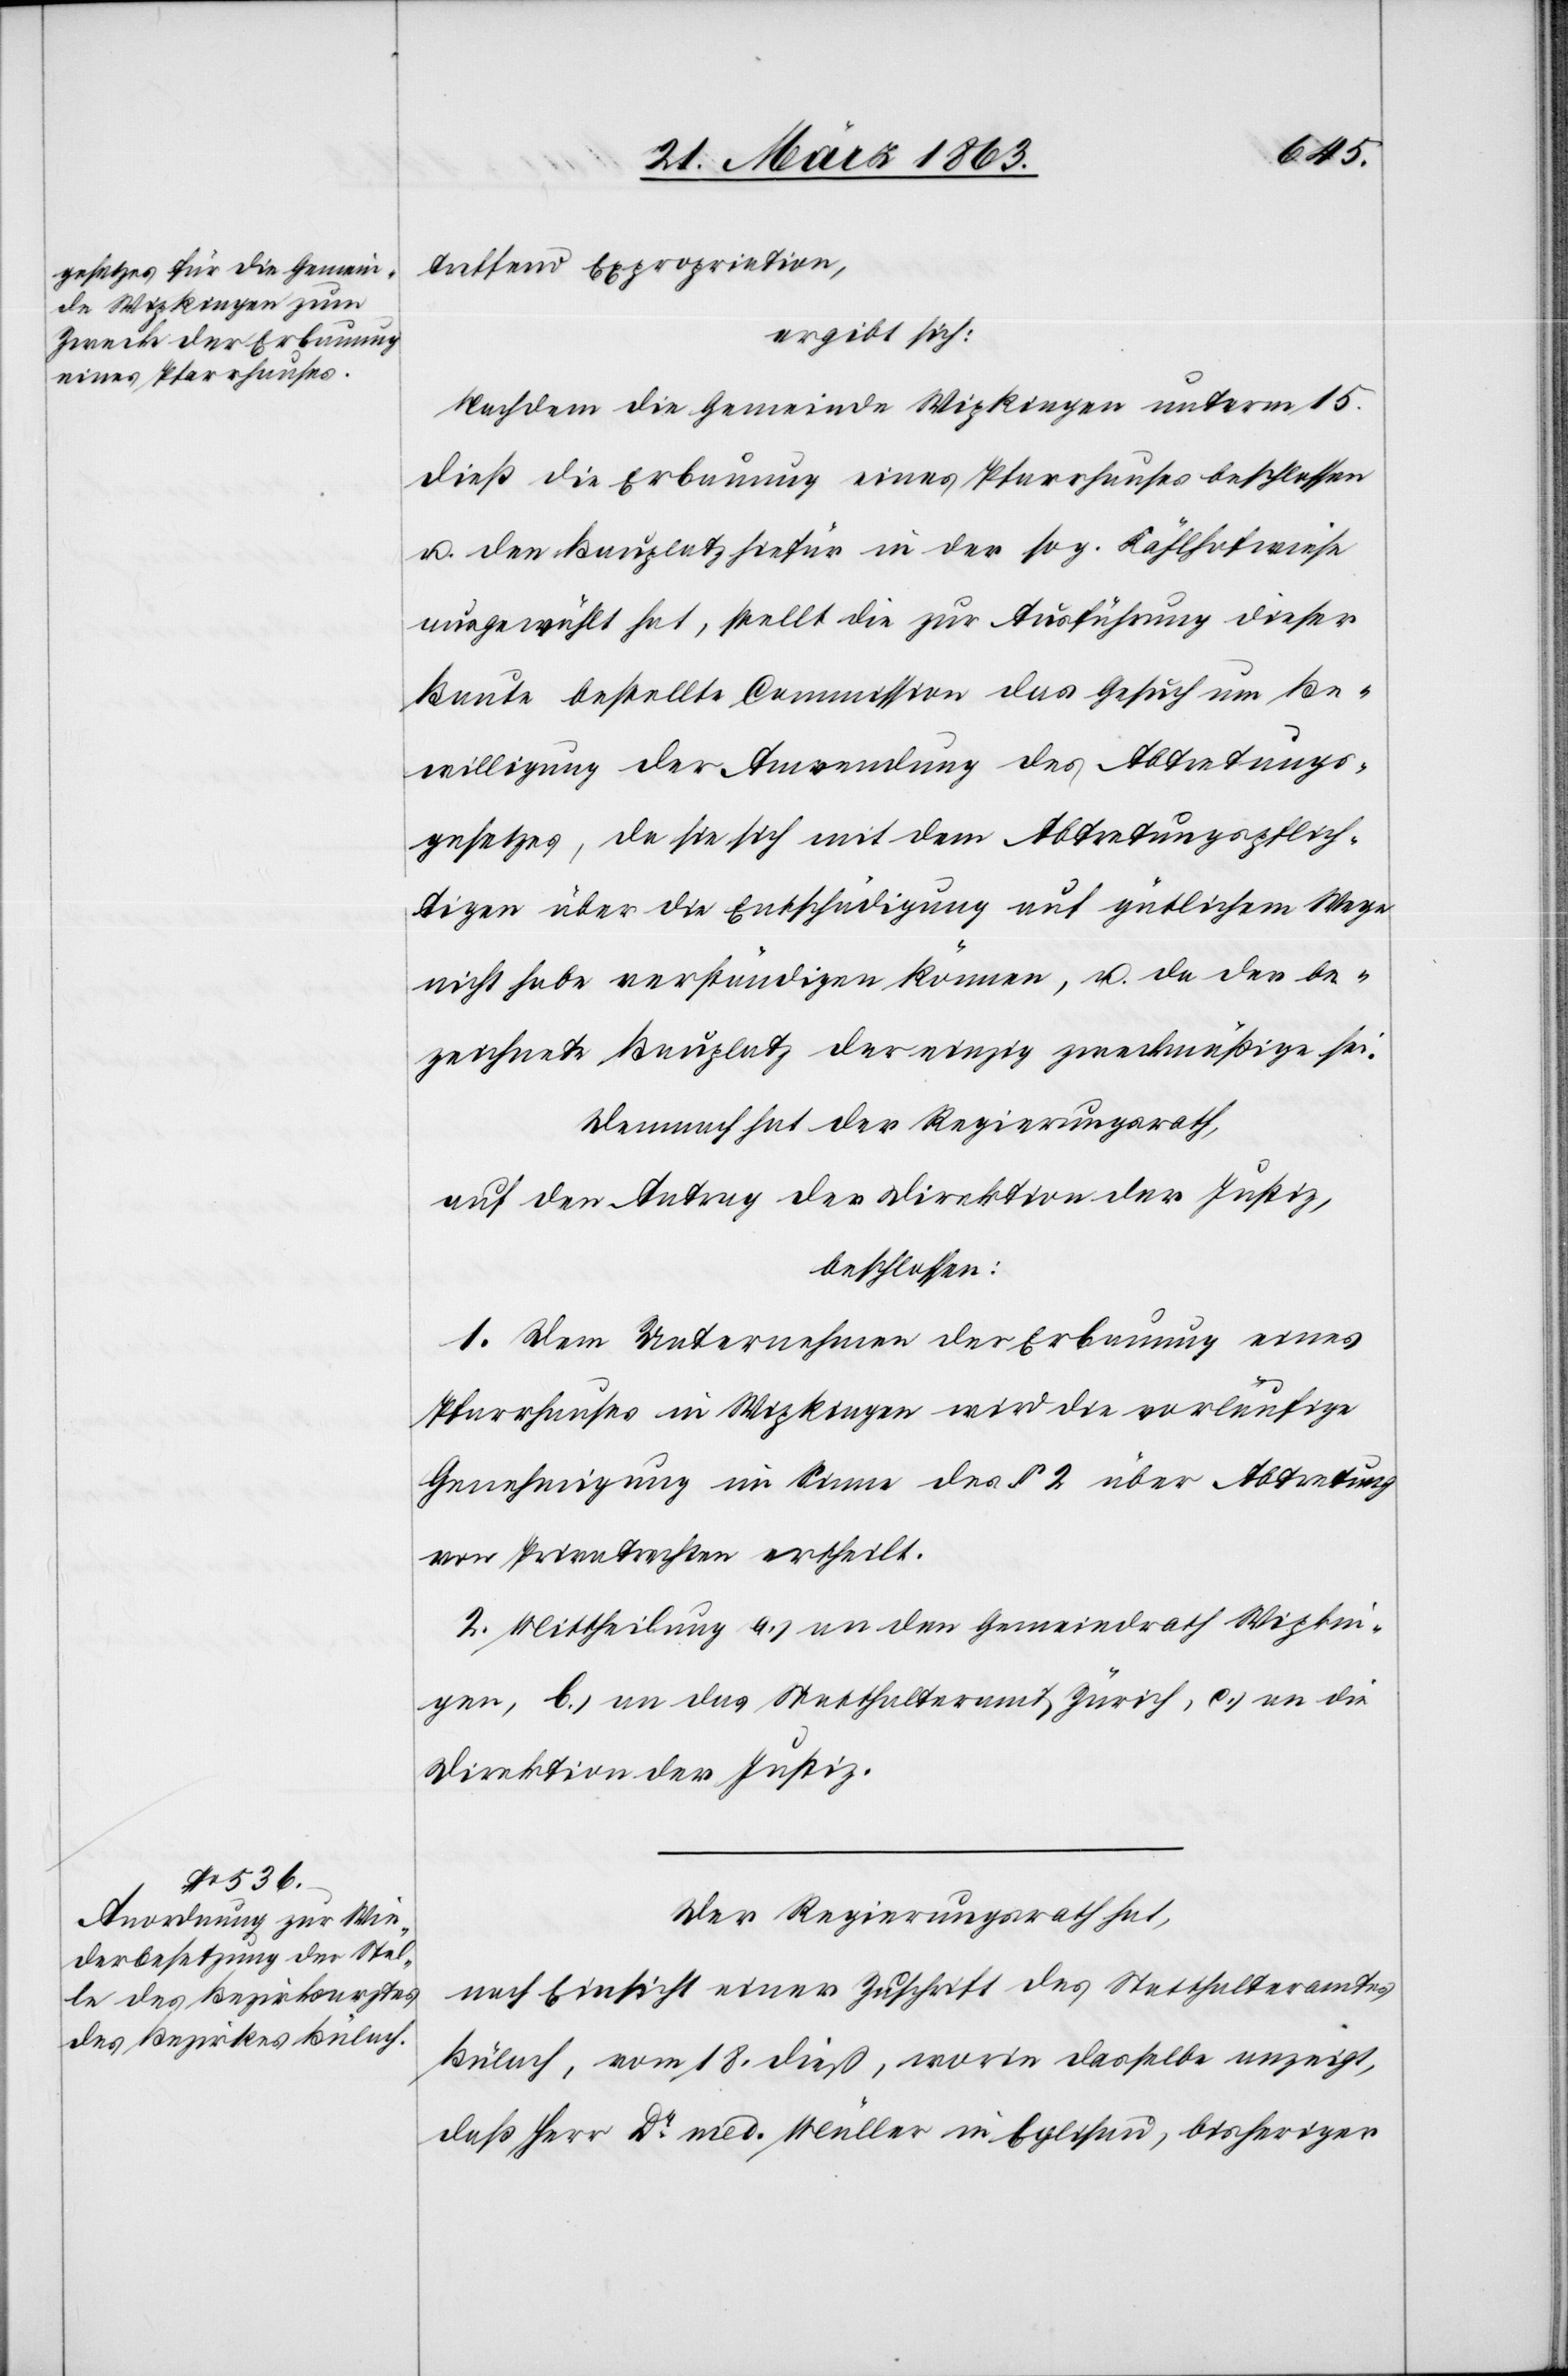
treffend Expropriation,
ergibt sich:
Nachdem die Gemeinde Wipkingen unterm 15.
dieß die Erbauung eines Pfarrhauses beschlossen
u. den Bauplatz hiefür in der sog. Kählhofwiese
ausgewählt hat, stellt die zur Ausführung dieser
Baute bestellte Commission das Gesuch um Be¬
willigung der Anwendung des Abtretungs¬
gesetzes, da sie sich mit dem Abtretungspflich¬
tigen über die Entschädigung auf gütlichem Wege
nicht habe verständigen können, u. da der be¬
zeichnete Bauplatz der einzig zweckmäßige sei.
Demnach hat der Regierungsrath,
auf den Antrag der Direktion der Justiz,
beschlossen:
1. Dem Unternehmen der Erbauung eines
Pfarrhauses in Wipkingen wird die vorläufige
Genehmigung im Sinne des § 2 über Abtretung
von Privatrechten ertheilt.
2. Mittheilung a.) an den Gemeindrath Wipkin¬
gen, b.) an das Statthalteramt Zürich, c.) an die
Direktion der Justiz.
Der Regierungsrath hat,
nach Einsicht einer Zuschrift des Statthalteramtes
Bülach, vom 18. dieß, worin dasselbe anzeigt,
daß Herr Dr med. Müller in Eglisau, bisheriger